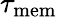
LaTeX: \tau_{\mathrm{mem}}